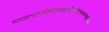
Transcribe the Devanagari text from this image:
गावात१एमबीबीएसपदवीधरवैद्यकव्यवसायीआहे